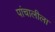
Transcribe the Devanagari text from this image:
पांचालीला